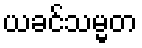
ယခင်သမ္မတ